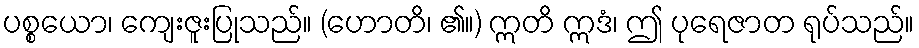
ပစ္စယော၊ ကျေးဇူးပြုသည်။ (ဟောတိ၊ ၏။) ဣတိ ဣဒံ၊ ဤ ပုရေဇာတ ရုပ်သည်။